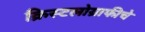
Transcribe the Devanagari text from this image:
क्रिस्टलोग्राफीचे